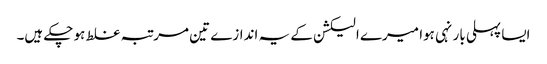
ایسا پہلی بار نہی ہوا میرے الیکشن کے یہ اندازے تین مرتبہ غلط ہو چکے ہیں۔